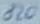
Text: 820